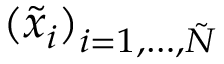
( \tilde { x } _ { i } ) _ { i = 1 , \dots , \tilde { N } }